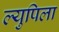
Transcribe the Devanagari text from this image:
ल्युपिला